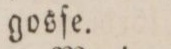
3:o att erſättningen af betalande patienter ſkall wid